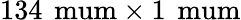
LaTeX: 134\, \mathrm{\ mum}\times 1\, \mathrm{\ mum}